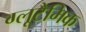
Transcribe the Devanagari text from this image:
ग्लूटैमिक